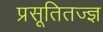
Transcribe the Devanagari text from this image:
प्रसूतितज्‍ज्ञ